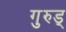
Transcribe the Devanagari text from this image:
गुरुड्